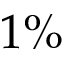
1 \%